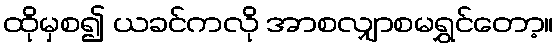
ထိုမှစ၍ ယခင်ကလို အာစလျှာစမရွှင်တော့။